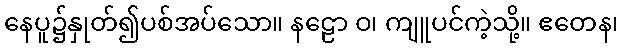
နေပူ၌နှုတ်၍ပစ်အပ်သော။ နဠော ဝ၊ ကျူပင်ကဲ့သို့။ ဧတေန၊